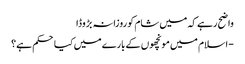
واضح رہے کہ میں شام کو روزانہ بڑوڈا
- اسلام میں مونچھوں کے بارے میں کیا حکم ہے؟